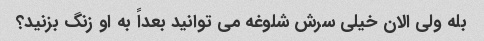
بله ولی الان خیلی سرش شلوغه می توانید بعداً به او زنگ بزنید؟